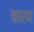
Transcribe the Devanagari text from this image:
कारण